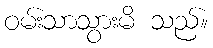
ဝမ်းသာသွားမိ သည်။